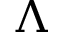
\Lambda